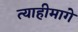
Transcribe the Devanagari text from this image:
त्याहीमागे